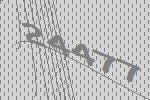
24477